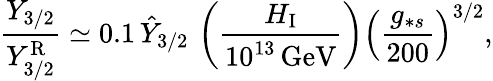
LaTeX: \frac{Y_{3/2}}{Y_{3/2}^{\mathrm{R}}}\simeq 0.1\, \hat{Y}_{3/2}\, \left(\frac{H_{\mathrm{I}}}{10^{13}\, \mathrm{GeV}}\right)\left(\frac{g_{\ast s}}{200}\right)^{3/2},